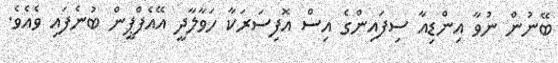
ބޭނުން ނުވާ އިންޑިއާ ސިފައިންގެ އިސް އޮފިސަރަކާ ހަވާލާދީ އޭއެފްޕީން ބުނެފައި ވެއެވެ.